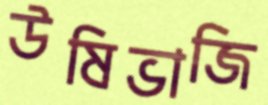
উষিভাজি